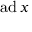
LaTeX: \operatorname { a d } x